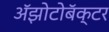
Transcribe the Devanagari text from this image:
अॅझोटोबॅक्टर